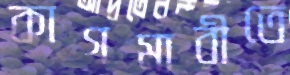
কাগমারীতে